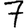
Digit: 7